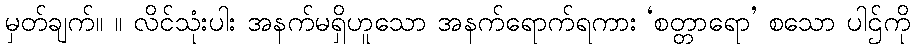
မှတ်ချက်။ ။ လိင်သုံးပါး အနက်မရှိဟူသော အနက်ရောက်ရကား ‘စတ္တာရော’ စသော ပါဌ်ကို